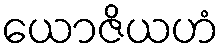
ယောဇိယဟံ